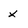
Character: X